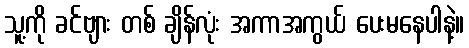
သူ့ကို ခင်ဗျား တစ် ချိန်လုံး အကာအကွယ် ပေးမနေပါနဲ့။